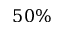
5 0 \%